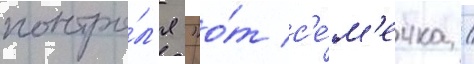
контро́л'я "о́т с'е́м'ечка /